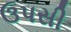
ઉપસી